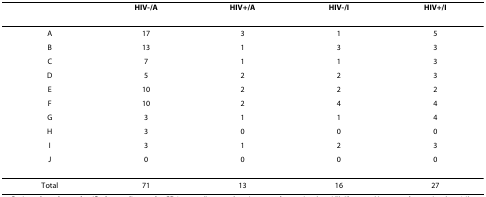
|  | HIV-/A | HIV+/A | HIV-/I | HIV+/I |
 | --- | --- | --- | --- | --- |
 | A | 17 | 3 | 1 | 5 |
 | B | 13 | 1 | 3 | 3 |
 | C | 7 | 1 | 1 | 3 |
 | D | 5 | 2 | 2 | 3 |
 | E | 10 | 2 | 2 | 2 |
 | F | 10 | 2 | 4 | 4 |
 | G | 3 | 1 | 1 | 4 |
 | H | 3 | 0 | 0 | 0 |
 | I | 3 | 1 | 2 | 3 |
 | J | 0 | 0 | 0 | 0 |
 | Total | 71 | 13 | 16 | 27 |